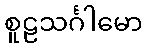
စူဠသင်္ဂါမော